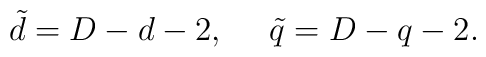
\tilde d=D-d-2,~~~~\tilde q=D-q-2.